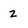
Character: 2